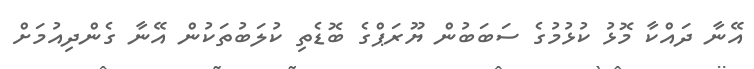
އޭނާ ދައްކާ މޮޅު ކުޅުމުގެ ސަބަބުން ޔޫރަޕްގެ ބޮޑެތި ކުލަބުތަކުން އޭނާ ގެންދިއުމަށް